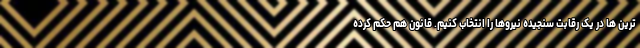
ترین ها در یک رقابت سنجیده نیروها را انتخاب کنیم. قانون هم حکم کرده